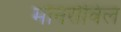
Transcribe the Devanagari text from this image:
मोनरोविल